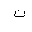
Letter: _non